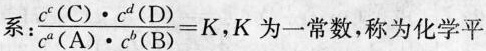
系：$$\frac{c^{c}(C)\cdot c^{d}(D)}{c^{a}(A)\cdot c^{b}(B)} = K$$, K为一常数，称为化学平